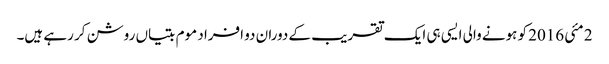
2 مئی 2016 کو ہونے والی ایسی ہی ایک تقریب کے دوران دو افراد موم بتیاں روشن کر رہے ہیں۔